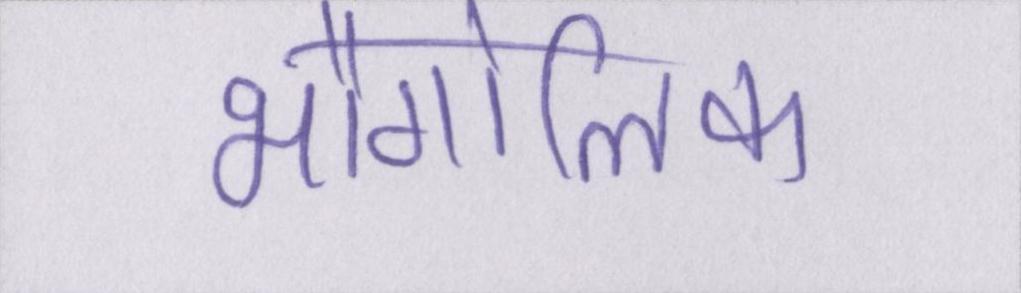
भौगोलिक